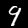
Digit: 9